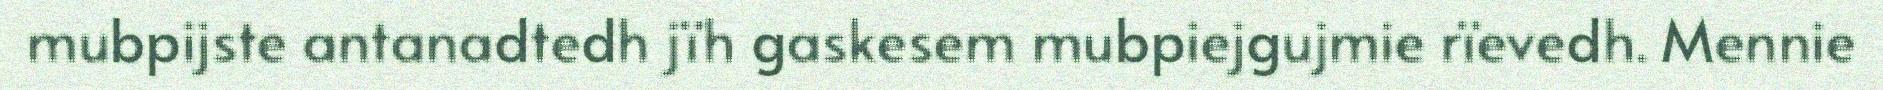
mubpijste antanadtedh jïh gaskesem mubpiejgujmie rïevedh. Mennie